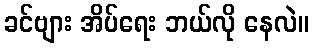
ခင်ဗျား အိပ်ရေး ဘယ်လို နေလဲ။